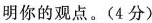
明你的观点。(4分)